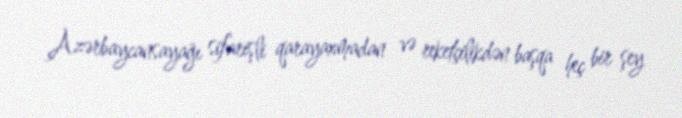
Azərbaycansayağı sifarişli qarayaxmadan və reketçilikdən başqa heç bir şey